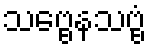
သဗ္ဗေနသဗ္ဗံ